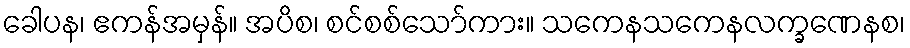
ခေါပန၊ ဧကန်အမှန်။ အပိစ၊ စင်စစ်သော်ကား။ သကေနသကေနလက္ခဏေနစ၊